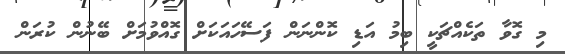
މި ގޮވާ ތަކެއްޗަކީ ބިމު އަޑި ކޮންނަން ފަސޭހައަކަށް ގޮއްވުމަށް ބޭނުން ކުރަން